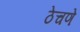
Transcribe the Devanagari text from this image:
ठेचणे